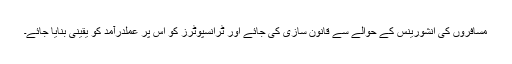
مسافروں کی انشورینس کے حوالے سے قانون سازی کی جائے اور ٹرانسپوٹرز کو اس پر عملدرآمد کو یقینی بنایا جائے۔